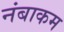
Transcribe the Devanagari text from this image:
नंबाकम